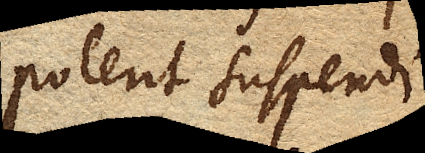
poterit suspendi.